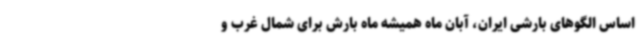
اساس الگوهای بارشی ایران، آبان ماه همیشه ماه بارش برای شمال غرب و